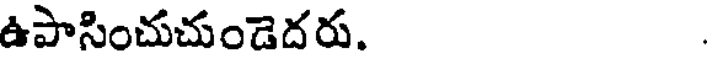
ఉపాసించుచుండెదరు.